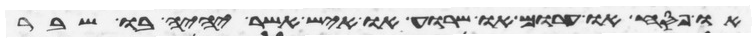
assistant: או פסח או חרום או שרוע או איש אשר יהיה בו שבר